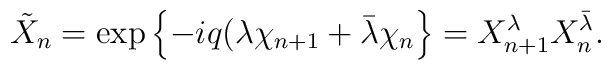
\tilde{X}_n=\exp \left\{ -iq(\lambda \chi _{n+1}+\bar{\lambda}\chi_n\right\} =X_{n+1}^\lambda X_n^{\bar{\lambda}}.